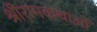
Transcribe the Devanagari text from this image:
श्रीरामकथाओं